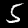
Label: 5